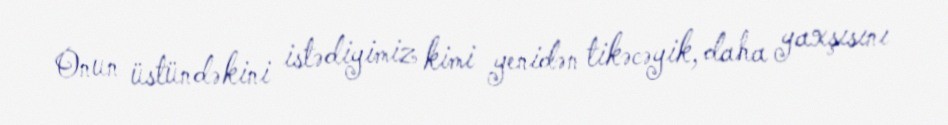
Onun üstündəkini istədiyimiz kimi yenidən tikəcəyik, daha yaxşısını